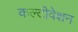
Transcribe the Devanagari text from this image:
कल्टीवेशन